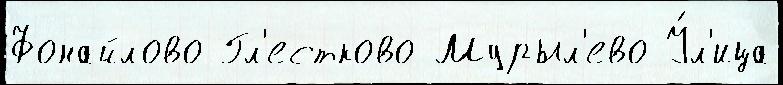
Фонайлово Гл'естково Мурыл'ево У́л'ица